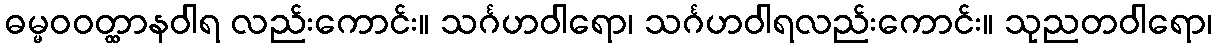
ဓမ္မဝဝတ္ထာနဝါရ လည်းကောင်း။ သင်္ဂဟဝါရော၊ သင်္ဂဟဝါရလည်းကောင်း။ သုညတဝါရော၊